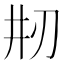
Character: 𠛝